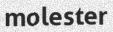
molester